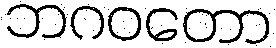
ဘဂဝတော